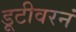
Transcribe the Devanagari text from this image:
डूटीवरनं